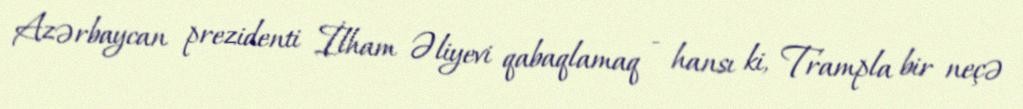
Azərbaycan prezidenti İlham Əliyevi qabaqlamaq - hansı ki, Trampla bir neçə